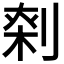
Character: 𠝱